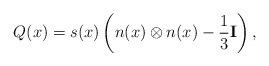
\begin{align*}Q(x)=s(x) \left( n(x)\otimes n(x) - \frac 13 \mathbf I \right),\end{align*}